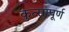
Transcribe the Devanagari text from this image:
कुत्सापूर्ण